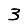
Digit: 3